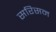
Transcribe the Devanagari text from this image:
सरिसन